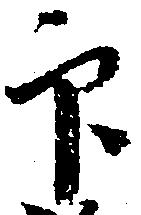
印